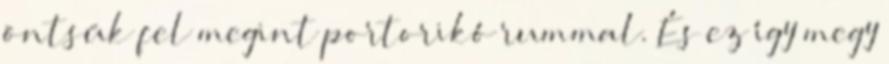
öntsük fel megint portorikó rummal. És ez így megy